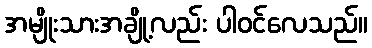
အမျိုးသားအချို့လည်း ပါဝင်လေသည်။